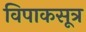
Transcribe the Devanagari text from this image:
विपाकसूत्र